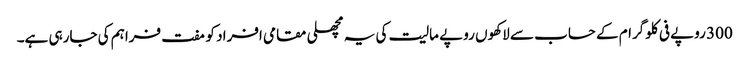
300 روپے فی کلوگرام کے حساب سے لاکھوں روپے مالیت کی یہ مچھلی مقامی افراد کو مفت فراہم کی جارہی ہے۔